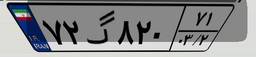
۸۷گ۸۲۱۸۲